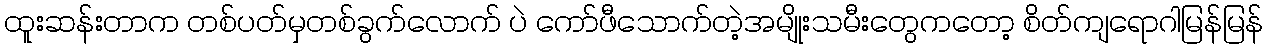
ထူးဆန်းတာက တစ်ပတ်မှတစ်ခွက်လောက် ပဲ ကော်ဖီသောက်တဲ့အမျိုးသမီးတွေကတော့ စိတ်ကျရောဂါမြန်မြန်